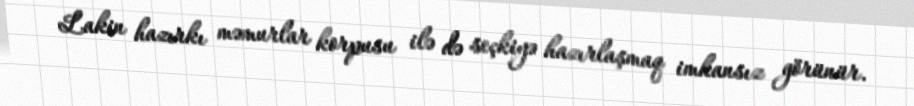
Lakin hazırkı məmurlar korpusu ilə də seçkiyə hazırlaşmaq imkansız görünür.